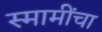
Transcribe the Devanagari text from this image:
स्मामींचा